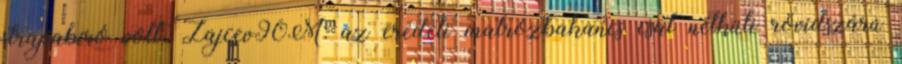
strapabíró volt. Zajcev90M: az eredeti matrózbakancs csat nélküli rövidszárú